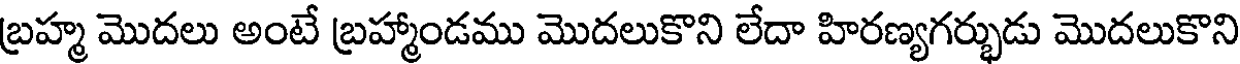
బ్రహ్మ మొదలు అంటే బ్రహ్మాండము మొదలుకొని లేదా హిరణ్యగర్భుడు మొదలుకొని